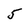
Character: 5